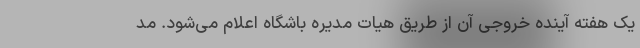
یک هفته آینده خروجی آن از طریق هیات مدیره باشگاه اعلام می‌شود. مد